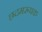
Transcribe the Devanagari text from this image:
छदमरूपक